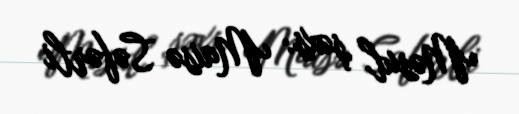
Məsul şəxs: Maisə Səfərli